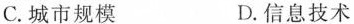
C.城市规模 D.信息技术